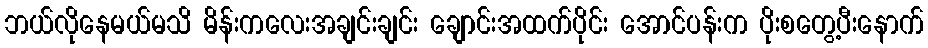
ဘယ်လိုနေမယ်မသိ မိန်းကလေးအချင်းချင်း ချောင်းအထက်ပိုင်း အောင်ပန်းက ပိုးစတွေ့ပီးနောက်